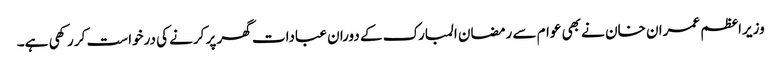
وزیراعظم عمران خان نے بھی عوام سے رمضان المبارک کے دوران عبادات گھر پر کرنے کی درخواست کر رکھی ہے۔